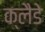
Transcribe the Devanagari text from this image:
क्लैडे